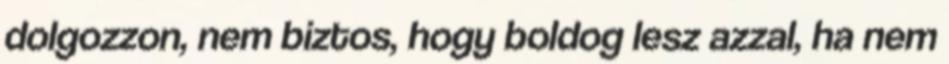
dolgozzon, nem biztos, hogy boldog lesz azzal, ha nem